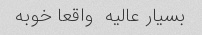
بسیار عالیه  واقعا خوبه